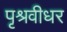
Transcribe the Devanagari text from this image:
पृश्रवीधर